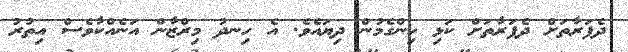
ދެފަރާތަށް ދެފަރާތަށް ކަޅި ހިންގެމުން ދިޔައެވެ. އެ ހިނދު މިރްޒާން އަނެއްކާވެސް އިތުރު